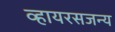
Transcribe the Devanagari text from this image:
व्हायरसजन्य